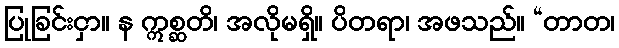
ပြုခြင်းငှာ။ န ဣစ္ဆတိ၊ အလိုမရှိ။ ပိတရာ၊ အဖသည်။ “တာတ၊